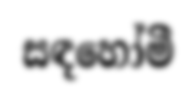
සඳහෝමී